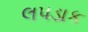
લપડાક